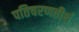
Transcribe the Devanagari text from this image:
पतिचरणतीर्थ